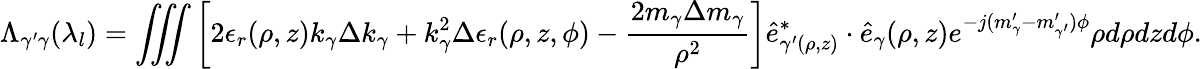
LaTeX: \Lambda_{\gamma^{\prime}\gamma}(\lambda_{l})=\iiint\left[2\epsilon_{r}(\rho,z)k_{\gamma}\Delta k_{\gamma}+k_{\gamma}^{2}\Delta\epsilon_{r}(\rho,z,\phi)-\frac{2m_{\gamma}\Delta m_{\gamma}}{\rho^{2}}\right]\hat{e}_{\gamma^{\prime}(\rho,z)}^{*}\cdot\hat{e}_{\gamma}(\rho,z)e^{-j(m_{\gamma}^{\prime}-m_{\gamma^{\prime}}^{\prime})\phi}{\rho}d{\rho}dzd\phi.